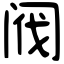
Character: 阀